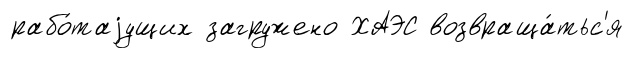
рабо́таjущих загружено ХАЭС возвраща́тьс'я